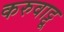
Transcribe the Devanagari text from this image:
करुवाट्टू